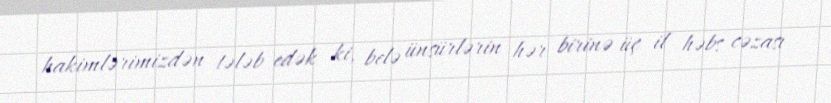
hakimlərimizdən tələb edək ki, belə ünsürlərin hər birinə üç il həbs cəzası